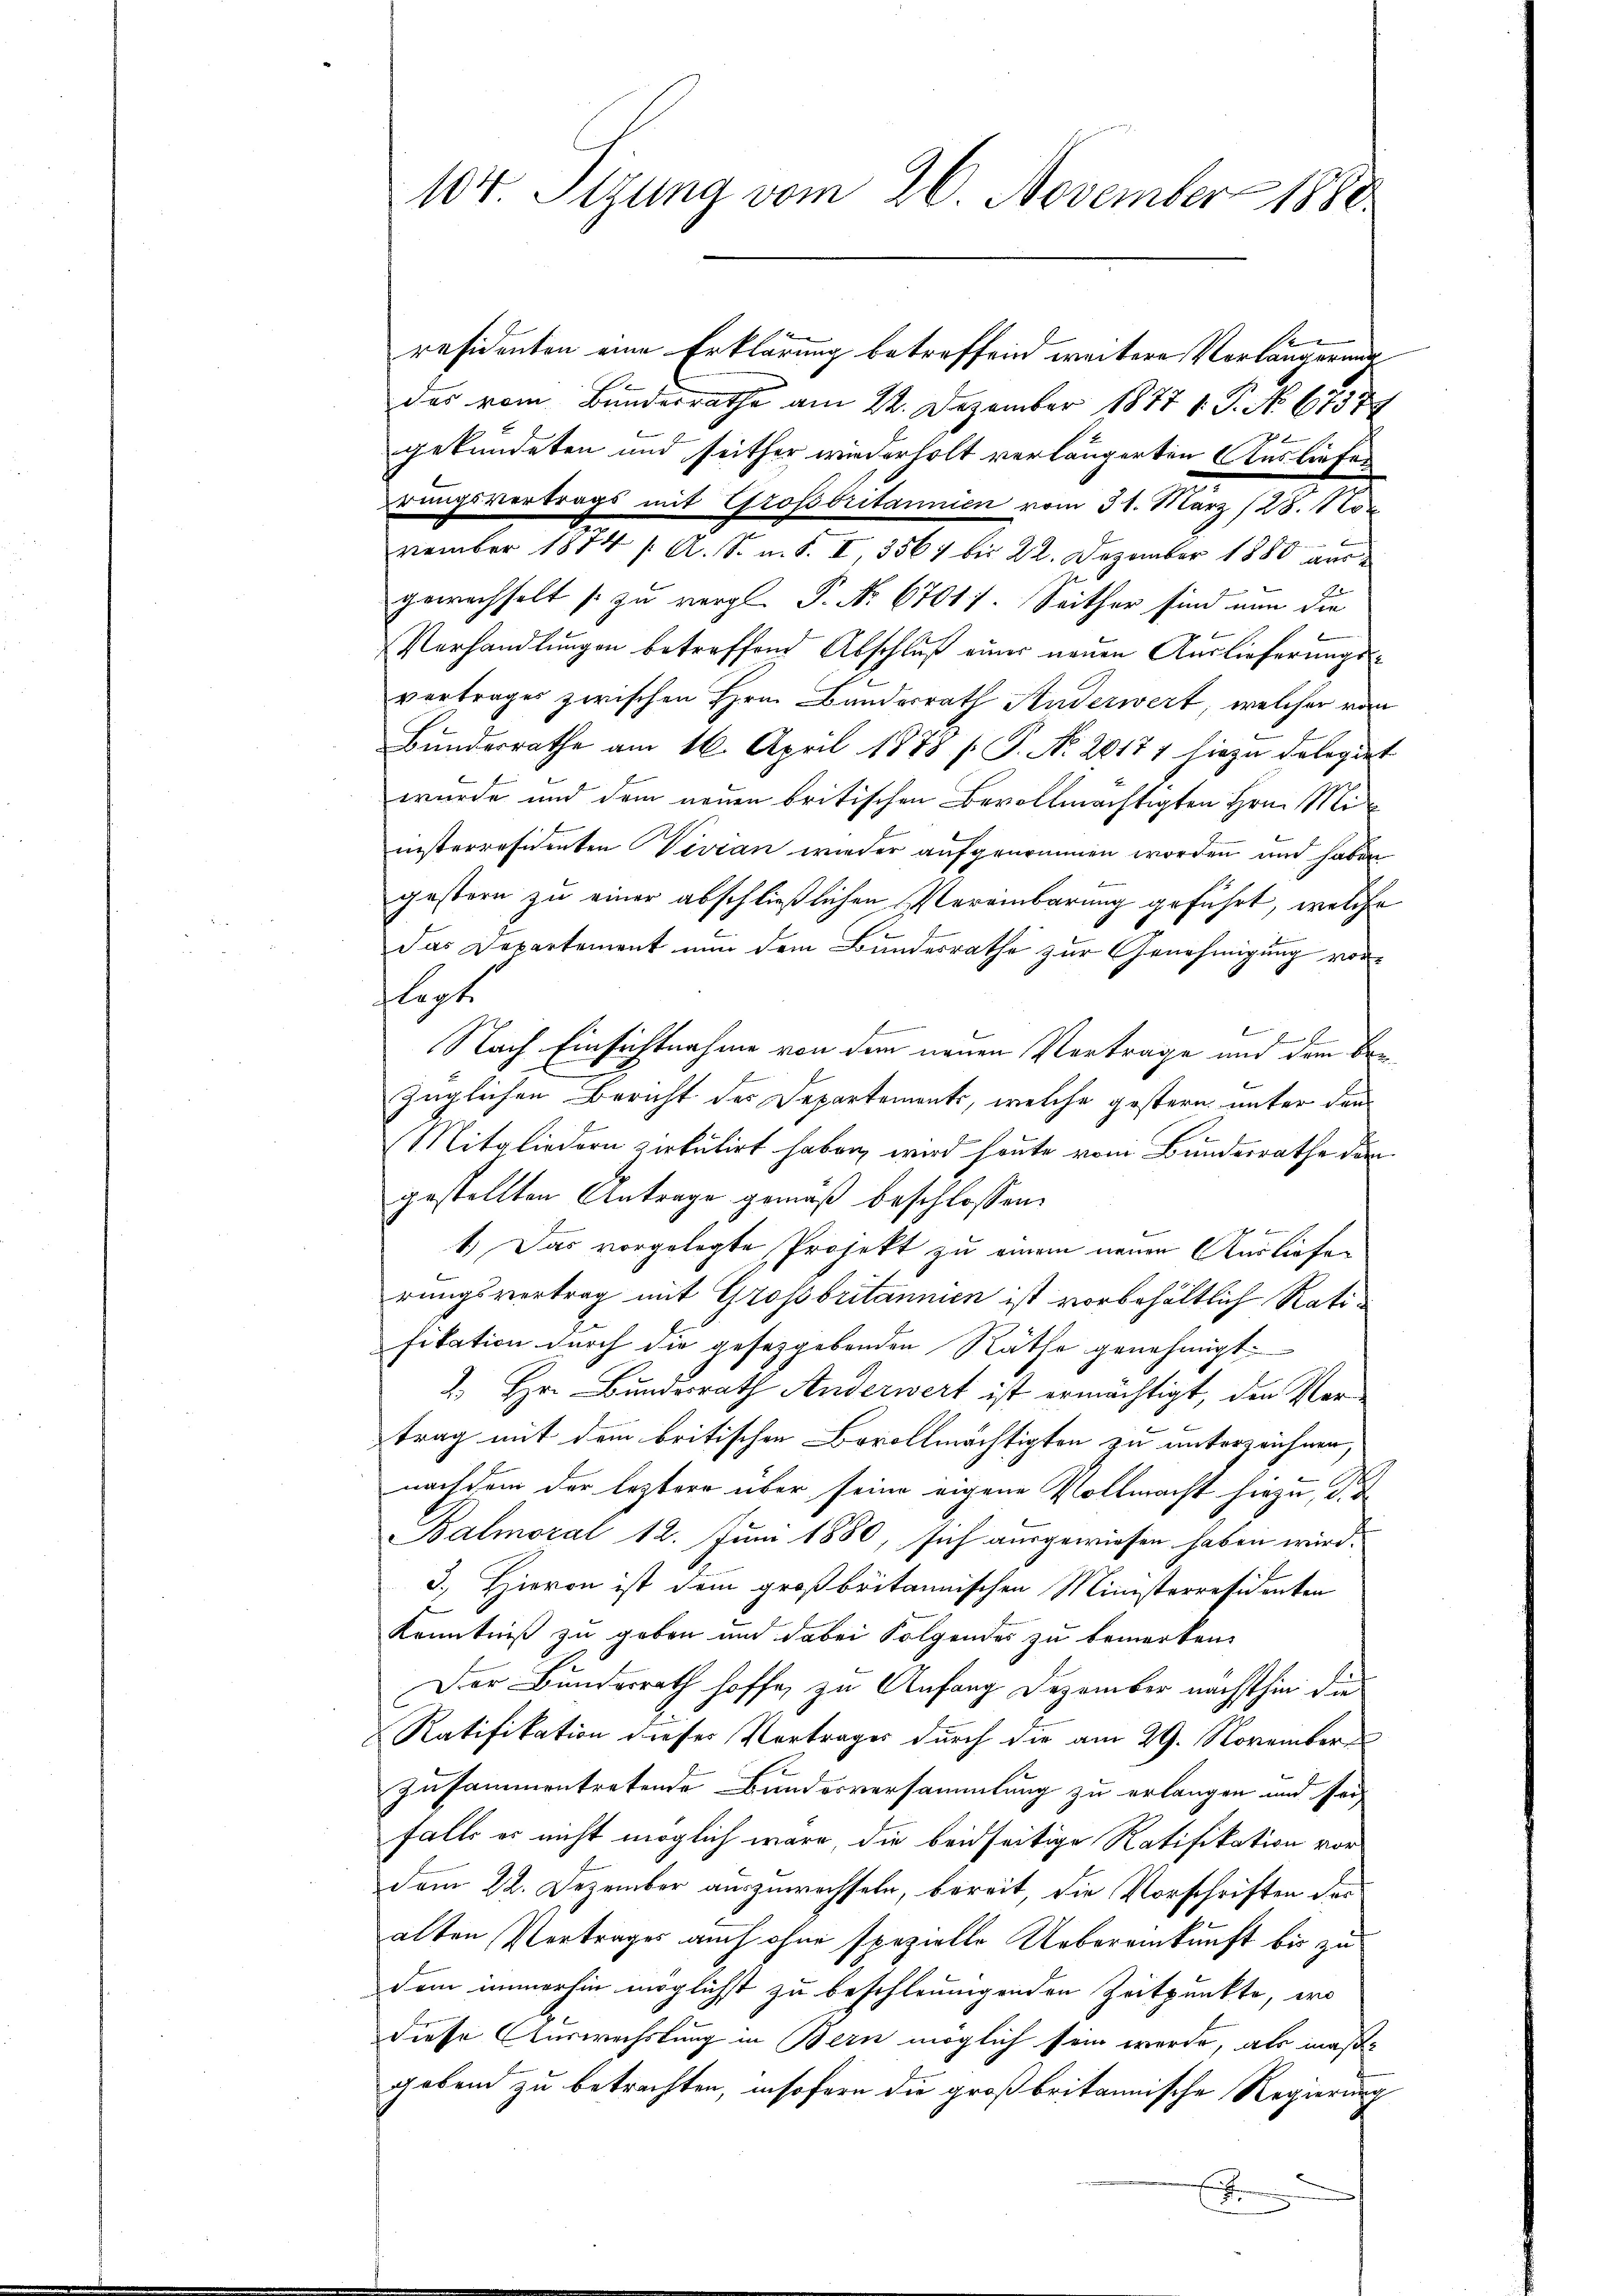
residenten eine Erklärung betreffend weitere Verlängerung
das vom Bundesrathe am 22. Dezember 1877 1. P. No. 67374

gekündeten und seither wiederholt verlängerten Ausliefer
rungsvertrags mit Grossbritannien vom 31. März (28. Nor
vember 1874 / A. S. m. S. I, 3567 bis 22. Dezember 1880 aus
gewechselt s. zu vergl. P. Nr. 67011. Seither sind nun die
Verhandlŭngen betreffend Abschluß einer neuen Auslieferungsvertrages zwischen Hrn. Bundesrath Anderwert, welcher von
Bundesrathe am 16. April 1878 s. P. Nr. 20171 hiezu delegirt
wurde und dem neuen britischen Bevollmächtigten Hrn. Ministerresidenten Vevian wieder aufgenommen worden und haben
gestern zu einer abschließlichen Vereinbarung geführt, welche
d
das Departement nun dem Bundesrathe zur Genehmigung vorflegt.
6
E
Nach Einsichtnahme von dem neuen Vortrage und dem Brezüglichen Bericht der Departements, welche gestern unter den
Mitgliedern zirkulirt haben, wird heute vom Bundesrathe den
gestellten Antrage gemäß beschlossen:
E
1.) Das vorgelegte Projekt zu einem neuen Ausliefen
rungsvertrag mit Grossbritannien ist vorbehältlich Ratifitation durch die gesetzgebenden Räthe genehmigt.
2. Hr. Bundesrath Anderwert ist ermächtigt, den Vertrag mit dem britischen Bevollmächtigten zu unterzeichnen,
nachdem der leztere über seine eigene Vollmacht hiezu, d. d
Balmoral 12. Juni 1880, sich ausgewiesen haben wird.
3.) Hievon ist dem großbritannischen Ministerressidenten
e
Kenntniß zu geben und dabei Folgendes zu bemerken.
Der Bundesrath hoffe, zu Anfang Dezember nächsthin die
Ratifikation dieses Vortrages durch die am 29. November
zusammentretende Bundesversammlung zu erlangen und sei
falls es nicht möglich wäre, die beidseitige Ratifikation vordem 22. Dezember auszuwechseln, bereit, die Vorschriften das
alten Vertrages auch ohne spezielle Uebereinkunft bis zu
dem immerhin möglichst zu beschleunigenden Zeitpunkte, wo
diese Auswechslung in Bern möglich sein werde, als maßgebend zu betrachten, insofern die großbritannische Regierung

104 Sizung vom 26. November 1880.